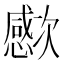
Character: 𣤮